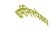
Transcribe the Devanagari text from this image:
धर्मनिरपेक्ष।